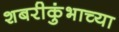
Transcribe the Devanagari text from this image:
शबरीकुंभाच्या